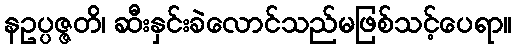
နဥပ္ပဇ္ဇတိ၊ ဆီးနှင်းခဲလောင်သည်မဖြစ်သင့်ပေရာ။